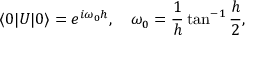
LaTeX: \langle 0 | U | 0 \rangle = e ^ { i \omega _ { 0 } h } , \quad \omega _ { 0 } = { \frac { 1 } { h } } \tan ^ { - 1 } { \frac { h } { 2 } } ,